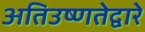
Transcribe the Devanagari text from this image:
अतिउष्णतेद्वारे